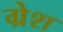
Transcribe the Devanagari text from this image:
ग्रेश